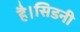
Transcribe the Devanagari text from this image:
है।सिडनी